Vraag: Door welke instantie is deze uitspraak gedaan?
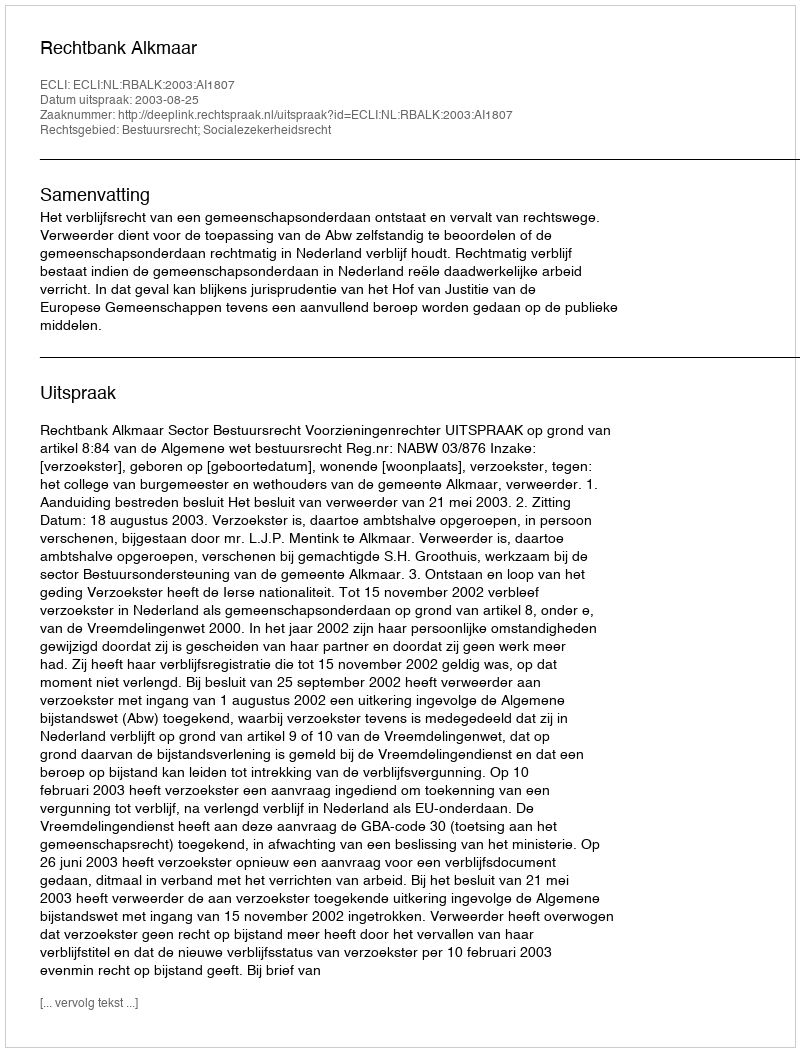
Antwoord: Rechtbank Alkmaar